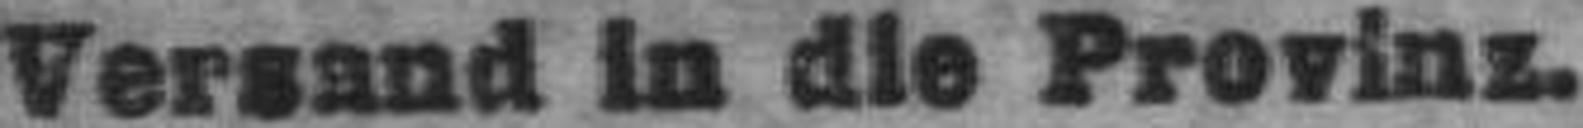
Versand in die Provinz.